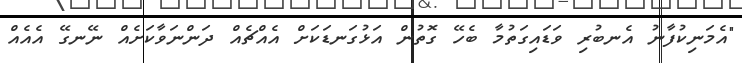
"އެމަނިކުފާނު އެނބުރި ވަޑައިގަތުމާ ބެހޭ ގޮތުން އަޅުގަނޑަކަށް އެއްޗެއް ދަންނަވާކަށެއް ނޭނގޭ އެއެއް